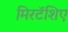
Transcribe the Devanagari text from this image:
मिरटॅशिए